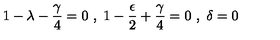
1 - \lambda - \frac { \gamma } { 4 } = 0 \ , \ 1 - \frac { \epsilon } { 2 } + \frac { \gamma } { 4 } = 0 \ , \ \delta = 0